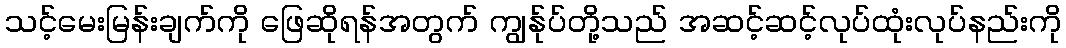
သင့်မေးမြန်းချက်ကို ဖြေဆိုရန်အတွက် ကျွန်ုပ်တို့သည် အဆင့်ဆင့်လုပ်ထုံးလုပ်နည်းကို